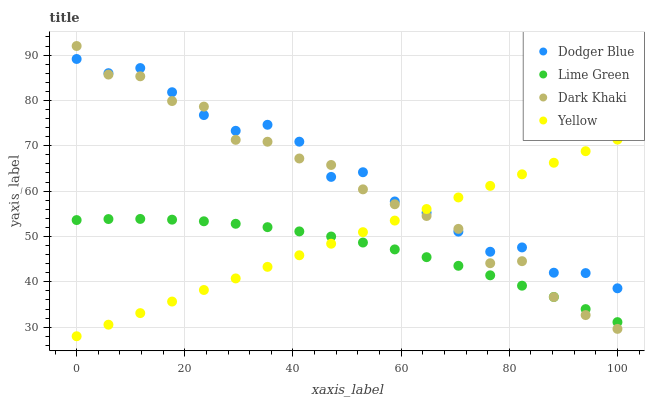
| xaxis_label | Dodger Blue | Lime Green | Dark Khaki | Yellow |
 | --- | --- | --- | --- | --- |
 | 0 | 89.1 | 53.6 | 92 | 28 |
 | 5.88 | 86 | 53.8 | 85.7 | 30.6 |
 | 11.8 | 87.1 | 53.9 | 85.3 | 33.1 |
 | 17.6 | 81.8 | 53.7 | 79.9 | 35.7 |
 | 23.5 | 76.8 | 53.4 | 78.6 | 38.2 |
 | 29.4 | 73.3 | 52.8 | 71.3 | 40.8 |
 | 35.3 | 74.6 | 52.1 | 70.9 | 43.3 |
 | 41.2 | 70.9 | 51.1 | 67.2 | 45.9 |
 | 47.1 | 63.1 | 50 | 65.8 | 48.4 |
 | 52.9 | 64.2 | 48.7 | 60.4 | 51 |
 | 58.8 | 57.7 | 47.1 | 57.1 | 53.5 |
 | 64.7 | 55.2 | 45.4 | 54.5 | 56.1 |
 | 70.6 | 51.1 | 43.5 | 51.7 | 58.6 |
 | 76.5 | 46.6 | 41.4 | 44.1 | 61.2 |
 | 82.4 | 47.6 | 39.1 | 44.6 | 63.7 |
 | 88.2 | 42 | 36.7 | 36.6 | 66.3 |
 | 94.1 | 41.9 | 34 | 32.7 | 68.8 |
 | 100 | 38.6 | 31.1 | 29.6 | 71.4 |